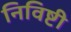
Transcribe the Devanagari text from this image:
निविष्टी